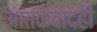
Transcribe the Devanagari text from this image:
आतंकवादही